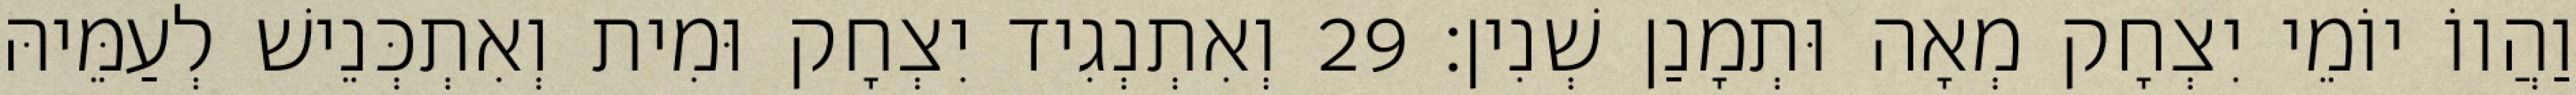
וַהֲווֹ יוֹמֵי יִצְחָק מְאָה וּתְמָנַן שְׁנִין׃ 29 וְאִתְנְגִיד יִצְחָק וּמִית וְאִתְכְּנֵישׁ לְעַמֵּיהּ